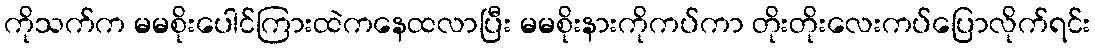
ကိုသက်က မမစိုးပေါင်ကြားထဲကနေထလာပြီး မမစိုးနားကိုကပ်ကာ တိုးတိုးလေးကပ်ပြောလိုက်ရင်း